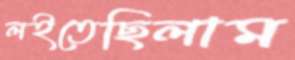
লইতেছিলাম